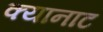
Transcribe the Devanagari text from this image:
क्यानाट